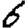
Digit: 6